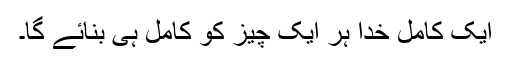
ایک کامل خُدا ہر ایک چیز کو کامل ہی بنائے گا۔